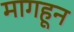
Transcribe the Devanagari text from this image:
मागहून